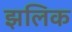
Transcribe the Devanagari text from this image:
झलिक